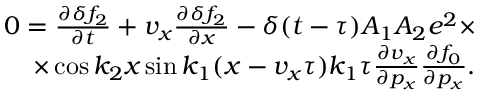
\begin{array} { r } { 0 = \frac { \partial \delta f _ { 2 } } { \partial t } + v _ { x } \frac { \partial \delta f _ { 2 } } { \partial x } - \delta ( t - \tau ) A _ { 1 } A _ { 2 } e ^ { 2 } \times } \\ { \times \cos k _ { 2 } x \sin k _ { 1 } ( x - v _ { x } \tau ) k _ { 1 } \tau \frac { \partial v _ { x } } { \partial p _ { x } } \frac { \partial f _ { 0 } } { \partial p _ { x } } . } \end{array}